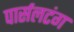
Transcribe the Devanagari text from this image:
पार्सलटंग